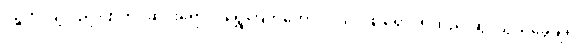
ပဉ္စကလျာ၊ ညိုပြာတင့်ဆင်းရောင်၊ ရွှေကြက်တောင်ဝယ်၊ ဖြူရောင်ရထည်းဆွ၊ သွယ်ခွေချ၍၊